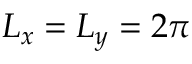
L _ { x } = L _ { y } = 2 \pi